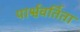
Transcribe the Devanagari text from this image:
पार्श्ववर्तिता